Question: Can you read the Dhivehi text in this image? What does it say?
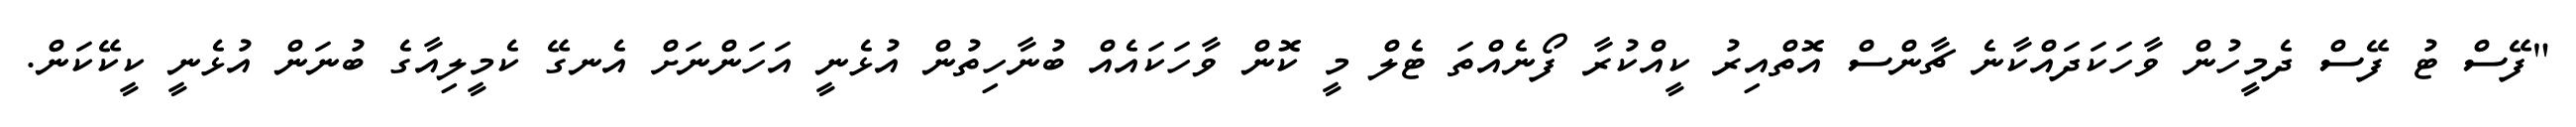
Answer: "ފޭސް ޓު ފޭސް ދެމީހުން ވާހަކަދައްކާނެ ޗާންސް އޮތްއިރު ކީއްކުރާ ފޯނެއްތަ ޓެލް މީ ކޮން ވާހަކައެއް ބުނާހިތުން އުޅެނީ އަހަންނަށް އެނގޭ ކެމީލިއާގެ ބުނަން އުޅެނީ ކީކޭކަން.